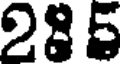
285